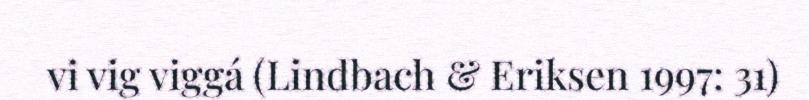
vi vig viggá (Lindbach & Eriksen 1997: 31)